Lunatic asylums in Bengal annual reports 1912-1924 - 1912-1924
Year: 1912
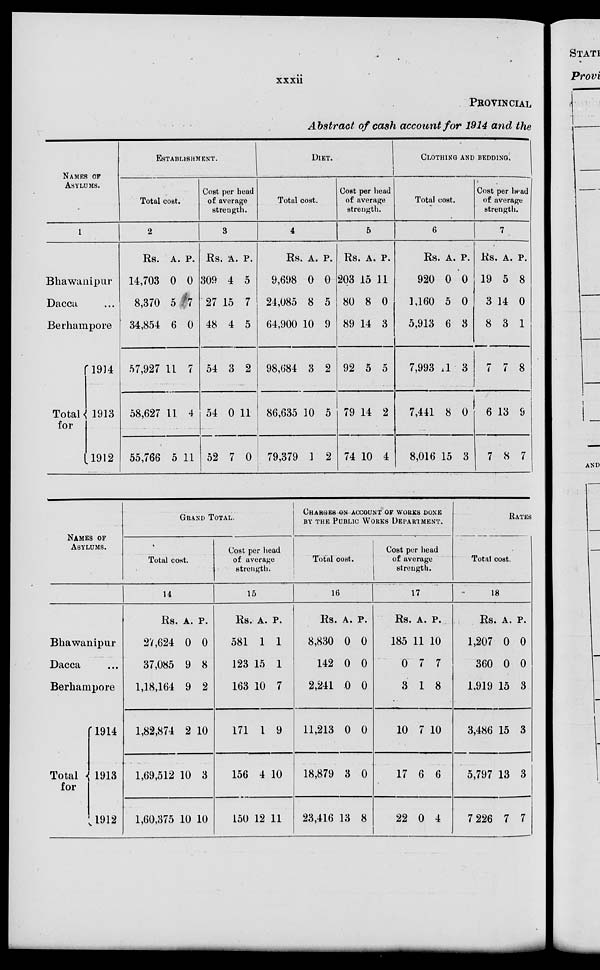
xxxii
PROVINCIAL
Abstract of cash account for 1914 and the
NAMES OF
ASYLUMS.
1
Bhawanipur
Dacca ...
Berhampore
Total
for
1914
1913
1912
ESTABLISHMENT.
Total cost.
2
Rs.
14,703
8,370
34,854
57,927
58,627
55,766
A.
0
5
6
11
11
5
P.
0
7
0
7
4
11
Cost per head
of average
strength.
3
Rs.
309
27
48
54
54
52
A.
4
15
4
3
0
7
P.
5
7
5
2
11
0
DIET.
Total cost.
4
Rs.
9,698
24,085
64,900
98,684
86,635
79,379
A.
0
8
10
3
10
1
P.
0
5
9
2
5
2
Cost per head
of average
strength.
5
Rs.
203
80
89
92
79
74
A.
15
8
14
5
14
10
P.
11
0
3
5
2
4
CLOTHING AND BEDDING.
Total cost.
6
Rs.
920
1,160
5,913
7,993
7,441
8,016
A.
0
5
6
1
8
15
P.
0
0
3
3
0
3
Cost per head
of average
strength.
7
Rs.
19
3
8
7
6
7
A.
5
14
3
7
13
8
P.
8
0
1
8
9
7
NAMES OF
ASYLUMS.
Bhawanipur
Dacca ...
Berhampore
Total
for
1914
1913
1912
GRAND TOTAL.
Total cost.
14
Rs.
27,624
37,085
1,18,164
1,82,874
1,69,512
1,60,375
A.
0
9
9
2
10
10
P.
0
8
2
10
3
10
Cost per head
of average
strength.
15
Rs.
581
123
163
171
156
150
A.
1
15
10
1
4
12
P.
1
1
7
9
10
11
CHARGES ON ACCOUNT OF WORKS DONE
BY THE PUBLIC WORKS DEPARTMENT.
Total cost.
16
Rs.
8,830
142
2,241
11,213
18,879
23,416
A.
0
0
0
0
3
13
P.
0
0
0
0
0
8
Cost per head
of average
strength.
17
Rs.
185
0
3
10
17
22
A.
11
7
1
7
6
0
P.
10
7
8
10
6
4
RATES
Total cost.
18
Rs.
1,207
360
1,919
3,486
5,797
7,226
A.
0
0
15
15
13
7
P.
0
0
3
3
3
7